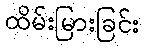
ထိမ်းမြားခြင်း